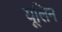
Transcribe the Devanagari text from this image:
यूलिन